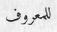
للمعروف